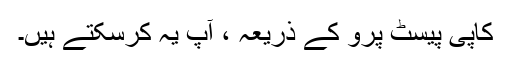
کاپی پیسٹ پرو کے ذریعہ ، آپ یہ کرسکتے ہیں۔